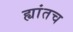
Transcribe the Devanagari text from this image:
ह्यांतच